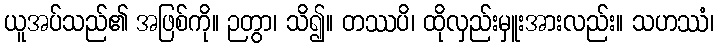
ယူအပ်သည်၏ အဖြစ်ကို။ ဉတွာ၊ သိ၍။ တဿပိ၊ ထိုလှည်းမှူးအားလည်း။ သဟဿံ၊